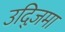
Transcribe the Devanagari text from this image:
उद्ज़िमा